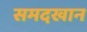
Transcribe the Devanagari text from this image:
समदखान